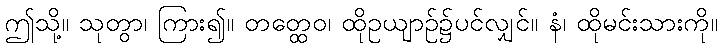
ဤသို့။ သုတွာ၊ ကြား၍။ တတ္ထေဝ၊ ထိုဥယျာဉ်၌ပင်လျှင်။ နံ၊ ထိုမင်းသားကို။